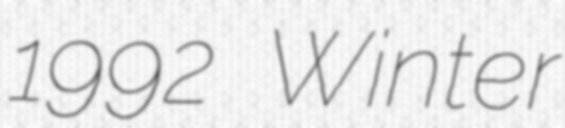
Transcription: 1992 Winter